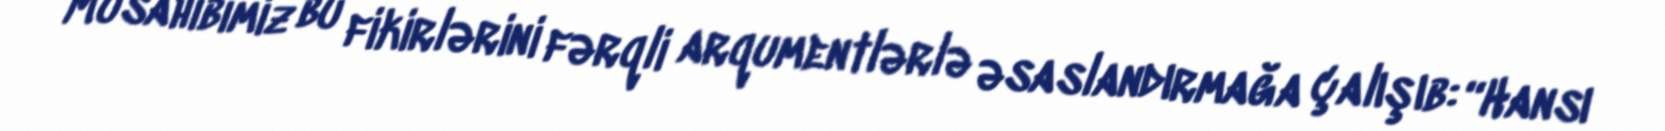
Müsahibimiz bu fikirlərini fərqli arqumentlərlə əsaslandırmağa çalışıb: “Hansı